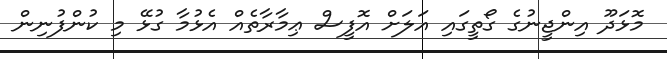
މޮޅަދޫ އިންޖީނުގެ ގޯތީގައި އަލަށް އޮފީސް ޢިމާރާތެއް އެޅުމާ ގުޅޭ މި ކުންފުނިން